Annual administration report of the Bombay Presidency - 1887-1892
Year: 1887
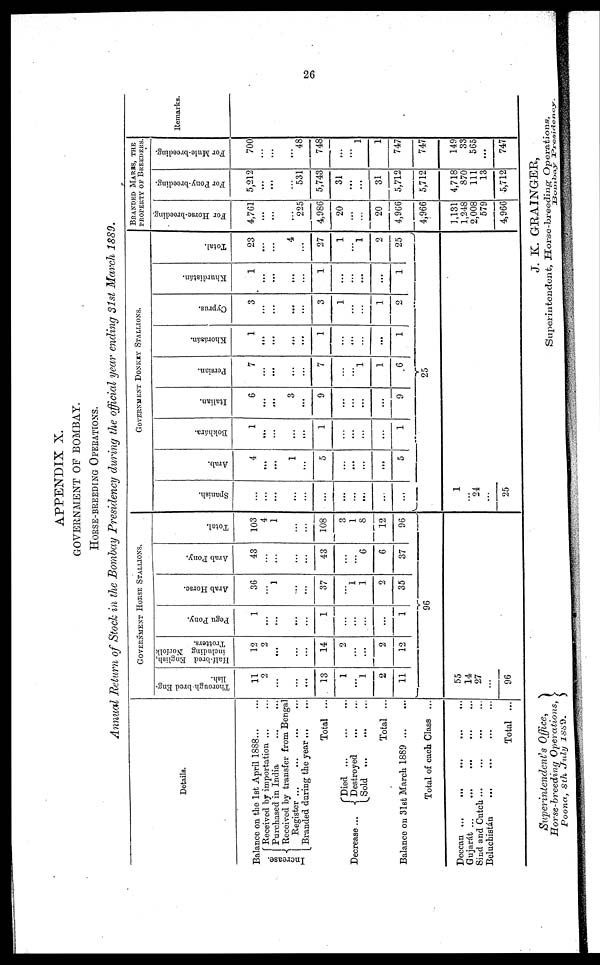
26
APPENDIX X.
GOVERNMENT OF BOMBAY.
HORSE-BREEDING
OPERATIONS.
Annual Return of Stock in the Bombay Presidency during the official year ending 31st March 1889.
Details.
Balance on the 1st April 1888 ... ...
Increase.
Received by importation ... ...
Purchased in India ... ...
Received by transfer from Bengal
Register ... ... ... ...
Branded during the year ... ...
Total ...
Decrease ...
Died
...
...
...
Destroyed ... ...
Sold
...
...
...
Total ...
Balance on 31st March 1889 ... ...
Total of each Class ...
Deccan ...
...
...
...
...
Gujarát ... ... ... ... ...
Sind and Cutch ... ... ... ... ...
Beluchistán ... ... ... ...
Total ...
GOVERNMENT HORSE STALLIONS.
Thorough-bred Eng¬
lish.
11
2
...
...
...
13
1
...
1
2
11
Half-bred English,
including Norfolk
Trotters.
12
2
...
...
...
14
2
...
...
2
12
Pegu Pony.
1
...
...
...
...
1
...
...
...
...
1
Arab Horse.
36
...
1
...
...
37
...
1
1
2
35
Arab Pony.
43
...
...
...
...
43
...
...
6
6
37
Total.
103
4
1
...
...
108
...
1
8
12
96
96
55
14
27
...
96
GOVERNMENT DONKEY STALLIONS.
Spanish.
...
...
...
...
...
...
...
...
...
...
...
Arab.
4
...
...
1
...
5
...
...
...
...
5
Bokhára.
1
...
...
...
...
1
...
...
...
...
1
Italian.
6
...
...
3
...
9
...
...
...
...
9
Persian.
7
...
...
...
...
7
...
...
1
1
6
Khorásán.
1
...
...
...
...
1
...
...
...
...
1
Cyprus.
3
...
...
...
...
3
1
...
...
1
2
Khurdistán.
1
...
...
...
...
1
...
...
...
...
1
Total.
23
...
...
4
...
27
1
...
1
2
25
25
1
...
24
...
25
BRANDED MARES, THE
PROPERTY OF BREEDERS.
For Horse-breeding.
4,761
...
...
...
225
4,986
20
...
...
20
4,966
4,966
1,131
1,248
2,008
579
4,966
For Pony-breeding.
5,212
...
...
...
531
5,743
31
...
...
31
5,712
5,712
4,718
870
111
13
5,712
For Mule-breeding.
700
...
...
...
48
748
...
...
1
1
747
747
149
33
565
...
747
Remarks.
Superintendent's
Office,
Horse-breeding
Operations,
Poona, 8th July
1889.
J. K. GRAINGER,
Superintendent, Horse-breeding Operations,
Bombay Presidency.